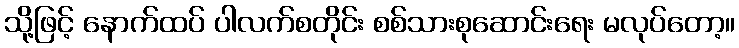
သို့ဖြင့် နောက်ထပ် ပါလက်စတိုင်း စစ်သားစုဆောင်းရေး မလုပ်တော့။